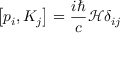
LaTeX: \left[ p _ { i } , K _ { j } \right] = { \frac { i \hbar } { c } } { \mathcal { H } } \delta _ { i j }